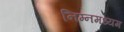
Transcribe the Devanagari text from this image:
निम्नमध्यम